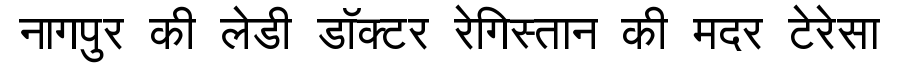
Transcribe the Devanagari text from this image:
नागपुर की लेडी डॉक्टर रेगिस्तान की मदर टेरेसा